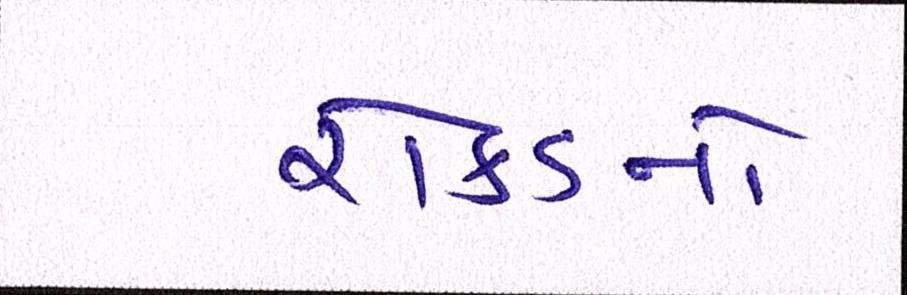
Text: રોકડનો